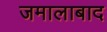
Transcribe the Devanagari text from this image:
जमालाबाद